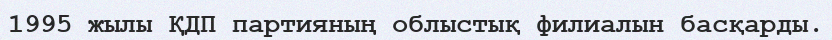
1995 жылы ҚДП партияның облыстық филиалын басқарды.